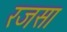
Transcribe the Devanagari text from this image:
रजसा